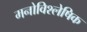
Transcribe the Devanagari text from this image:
मनोविश्लेषिक